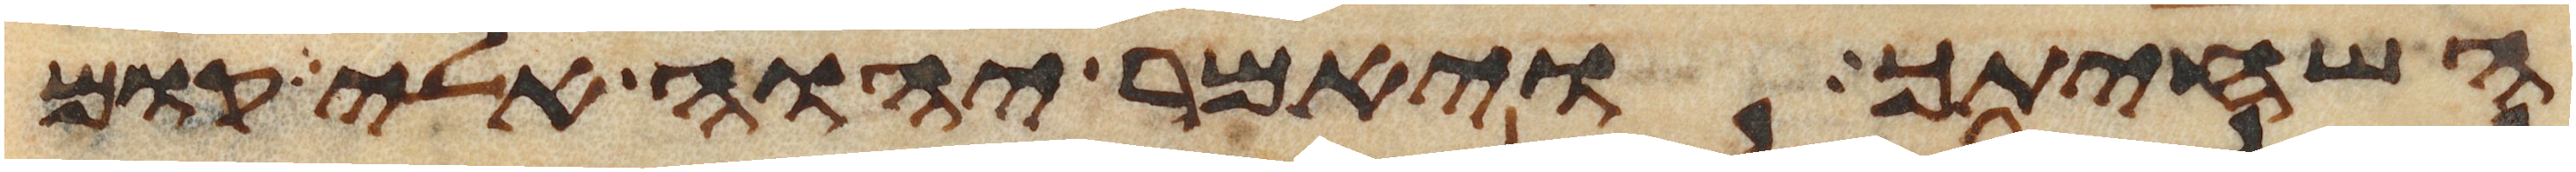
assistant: השחיתך ויאמר יהוה אלי קום